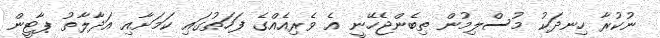
ނުކުރާ ހިނދަކު މުސްލިމުން ތިބެންޖެހޭނީ އެ ވެރިއެއްގެ ފަހަތުގައި ކަމަށާއި އަދާލާތު ޕާޓީން